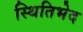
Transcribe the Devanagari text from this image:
स्थितिभेद